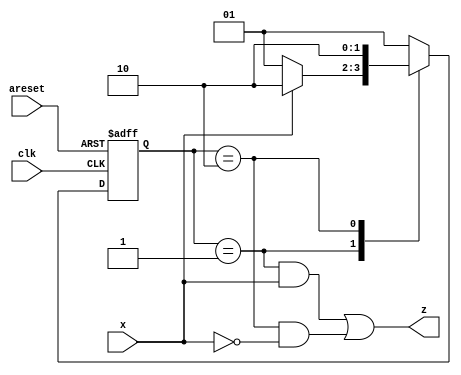
module top_module (
    input clk,
    input areset,
    input x,
    output z
); 
reg [1:0] cstate;
reg [1:0] nstate;

parameter A = 2'b01;
parameter B = 2'b10;

always @(posedge clk or posedge areset)begin
    if(areset)begin
        cstate <= A;
    end
    else begin
        cstate <= nstate;
    end
end

always @(*)begin
    nstate = A;
    case (cstate)
        A:nstate = x ? B :A;
        B:nstate = B;
        default:nstate = A;
    endcase
end

assign z = (cstate == A && x == 1'b1) || (cstate == B && x == 1'b0);


endmodule